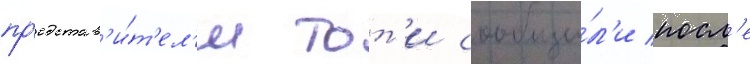
пр'едстав'и́т'ел'и тот'и сообщи́л'и посл'е